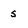
Character: s